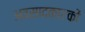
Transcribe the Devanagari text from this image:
अवसादकारकों